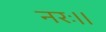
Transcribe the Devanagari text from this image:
नरः।।